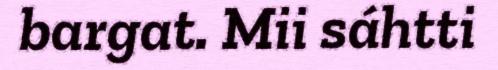
bargat. Mii sáhtti